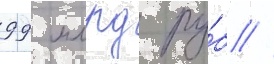
99 млрд ру́б //